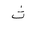
Letter: _tha